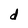
Character: d